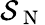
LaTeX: \mathcal{S}_{\mathrm{~N~}}